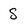
Character: S